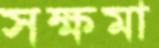
সক্ষমা